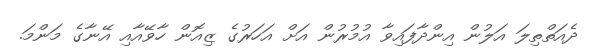
ދެއަތްތިލަ އަލުން އިންދާފައިވާ އުމުރުން އަށް އަހަރުގެ ޒިއޮން ހާވޭއާއި އޭނާގެ މަންމަ.